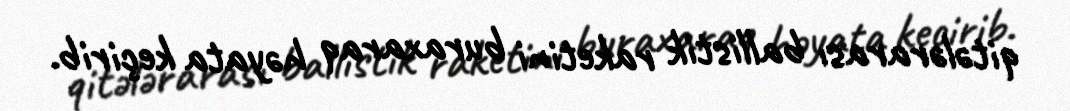
qitələrarası ballistik raketini buraxaraq həyata keçirib.